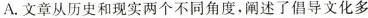
A.文竟从历史和现实两个不同角度，阐述了倡导文化多